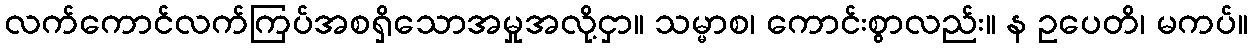
လက်ကောင်လက်ကြပ်အစရှိသောအမှုအလို့ငှာ။ သမ္မာစ၊ ကောင်းစွာလည်း။ န ဥပေတိ၊ မကပ်။